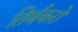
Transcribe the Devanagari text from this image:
तिर्थकरो